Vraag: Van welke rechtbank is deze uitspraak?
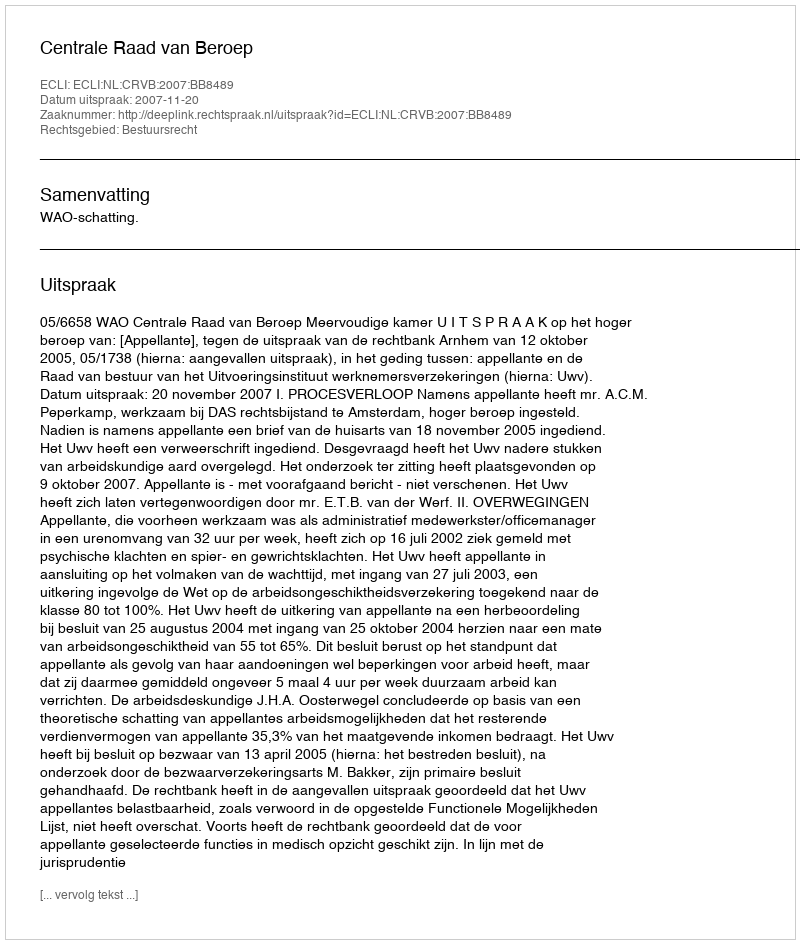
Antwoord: Centrale Raad van Beroep